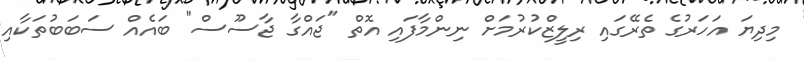
މިދިޔަ އަހަރުގެ ތެރޭގައި ރިލީޒްކުރުމަށް ނިންމާފައި އޮތް "ޖައްގާ ޖާސޫސް" ބައެއް ސަބަބުތަކާއި